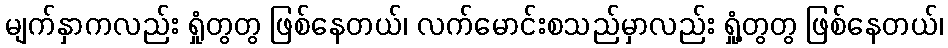
မျက်နှာကလည်း ရှုံတွတွ ဖြစ်နေတယ်၊ လက်မောင်းစသည်မှာလည်း ရှုံ့တွတွ ဖြစ်နေတယ်၊